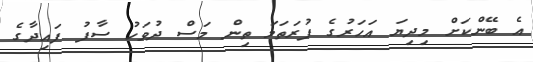
އެ ބޭންކަށް މިދިޔަ އަހަރުގެ ފުރަތަމަ ތިން މަސް ދުވަހު ސާފު ފައިދާގެ